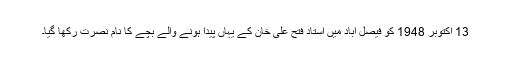
13 اکتوبر 1948 کو فیصل آباد میں استاد فتح علی خان کے یہاں پیدا ہونے والے بچے کا نام نصرت رکھا گیا۔